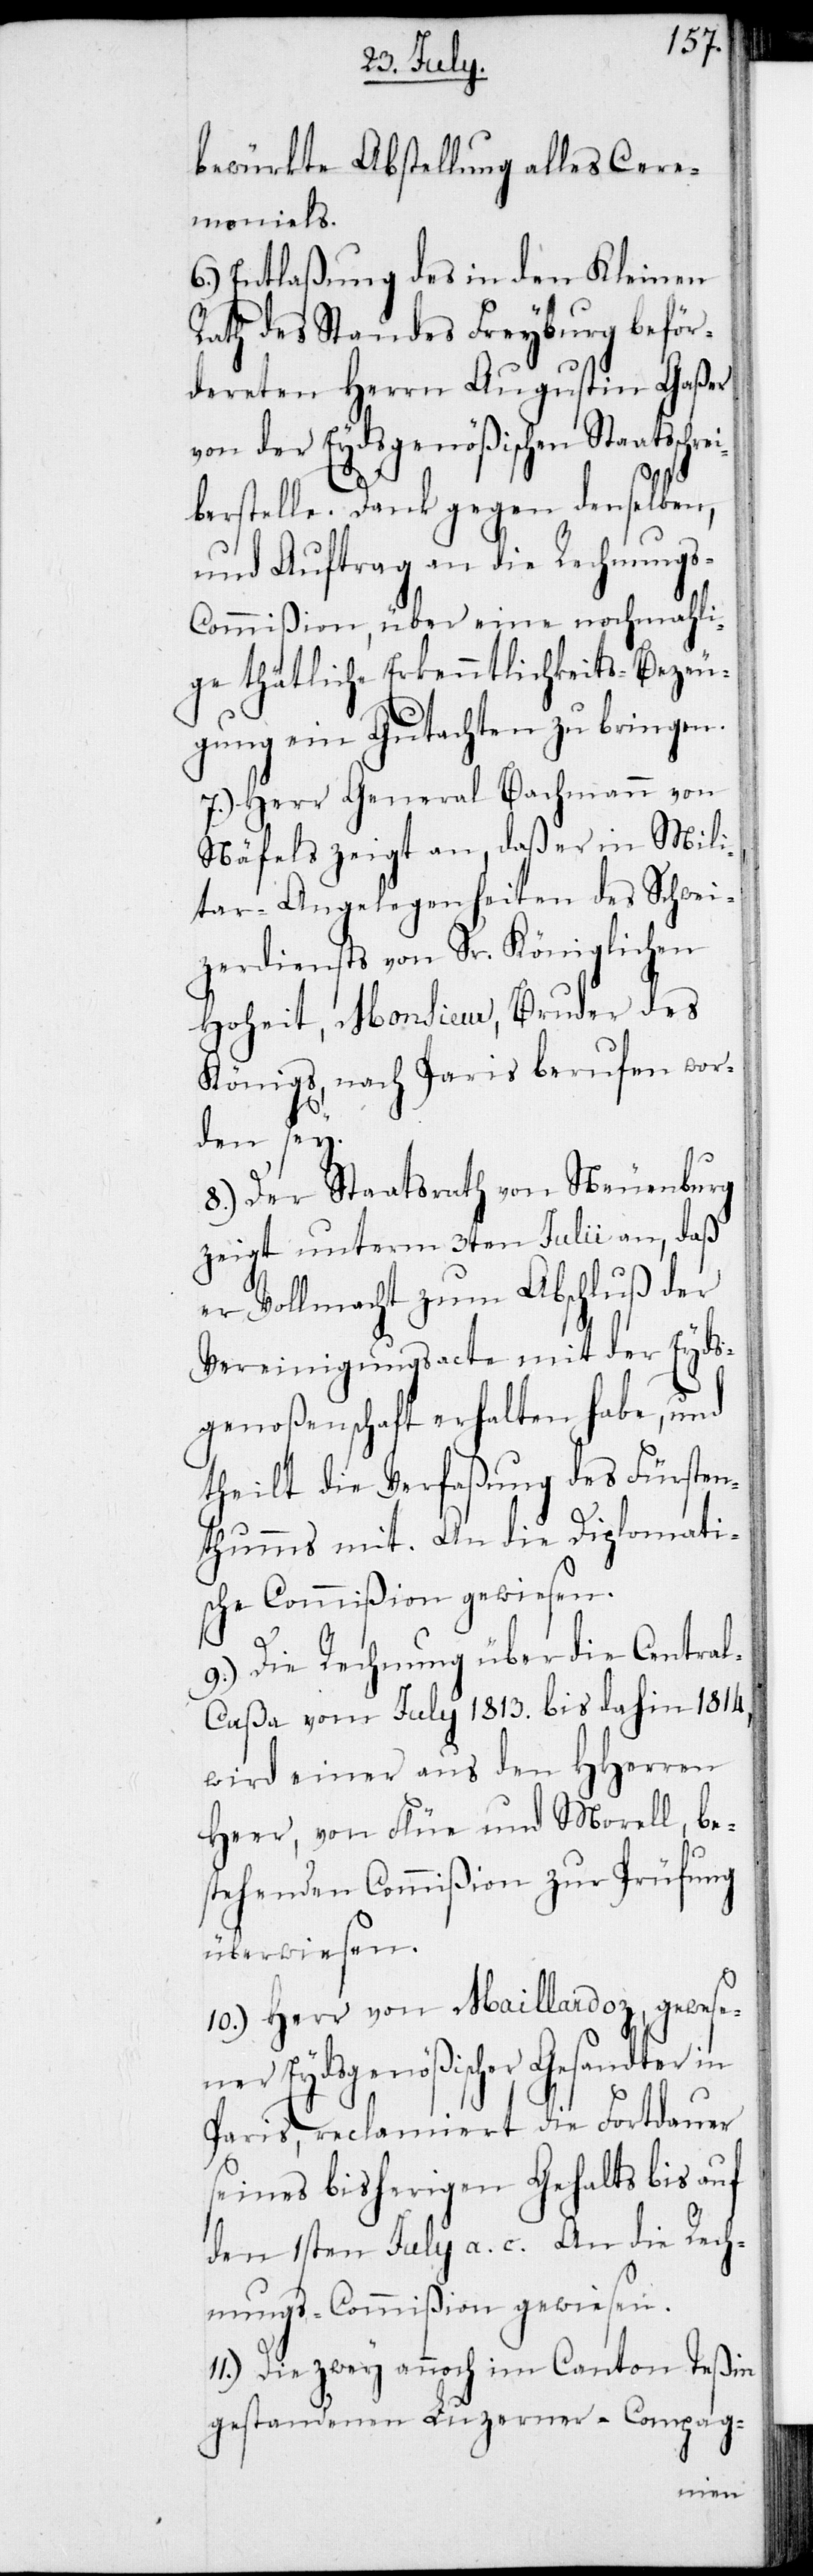
bewürkte Abstellung alles Cere¬
moniels.
6.) Entlaßung des in den Kleinen
Rath des Standes Freyburg beför¬
dereten Herrn Augustin Gaßer
von der Eydsgenößischen Staatsschr¬
berstelle. Dank gegen denselben,
und Auftrag an die Rechnung¬
s-Commißion, über eine nochmahli¬
ge thätliche Erkenntlichkeits-Bezeu¬
gung ein Gutachten zu bringen.
7.) Herr General Bachmann von
Näfels zeigt an, daß er in Mili¬
tar-Angelegenheiten des Schwei¬
zerdiensts von Sr. Königlichen
Hoheit, Monsieur, Bruder des
Königs, nach Paris berufen wor¬
den sey.
8.) Der Staatsrath von Neuenburg
zeigt unterm 3ten Julii an, daß
er Vollmacht zum Abschluß der
Vereinigungsacte mit der Eyds¬
genoßenschaft erhalten habe, und
theilt die Verfaßung des Fürsten¬
thumms mit. An die Diplomati¬
sche Commißion gewiesen.
9.) Die Rechnung über die Centra¬
l-Caßa vom July 1813. bis dahin 1814,
wird einer aus den HHerren
Heer, von Flüe und Morell, be¬
stehenden Commißion zur Prüfung
überwiesen.
10.) Herr von Maillardoz, gewese¬
ner Eydsgenößischer Gesandter in
Paris, reclamiert die Fortdauer
seines bisherigen Gehalts bis auf
den 1sten July a. c. An die Rech¬
nungs-Commißion gewiesen.
11.) Die zwey annoch im Canton Teßin
gestandenen Luzerner-Compag-
ei¬